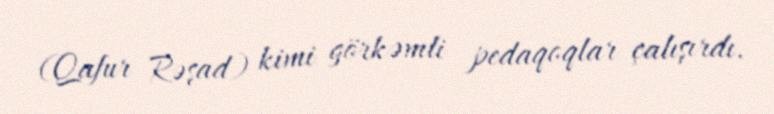
(Qafur Rəşad) kimi görkəmli pedaqoqlar çalışırdı.